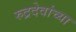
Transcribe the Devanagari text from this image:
रुद्रदेवांच्या